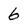
Character: 6